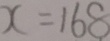
x = 1 6 8